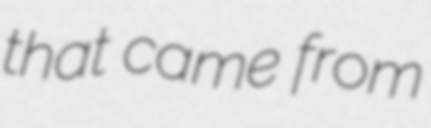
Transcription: that came from